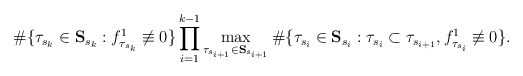
\begin{align*} \#\{\tau_{s_k}\in{\bf{S}}_{s_k}:f^1_{\tau_{s_k}}\not\equiv 0\}\prod_{i=1}^{k-1}\max_{\tau_{s_{i+1}}\in{\bf{S}}_{s_{i+1}}}\#\{\tau_{s_i}\in{\bf{S}}_{s_i}:\tau_{s_i}\subset\tau_{s_{i+1}},f_{\tau_{s_i}}^1\not\equiv 0\}.\end{align*}